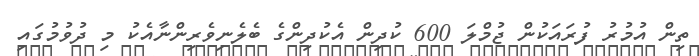
ތިން އުމުރު ފުރައަކުން ޖުމްލަ 600 ކުދިން އެކުދިންގެ ބެލެނިވެރިންނާއެކު މި ދުވުމުގައި